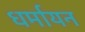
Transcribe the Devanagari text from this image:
धर्मायन